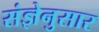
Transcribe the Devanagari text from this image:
संज्ञेनुसार